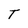
Character: T